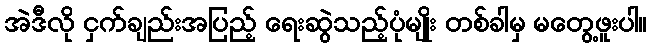
အဲဒီလို ငှက်ချည်းအပြည့် ရေးဆွဲသည့်ပုံမျိုး တစ်ခါမှ မတွေ့ဖူးပါ။